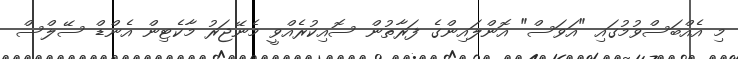
މި އެއްބަސްވުމުގައި "އަވަސް" އޮންލައިންގެ ފަރާތުން ސޮއިކުރެއްވީ މެނޭޖަރު މާކެޓިން އެންޑް ސޭލްސް